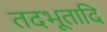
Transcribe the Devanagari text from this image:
तदभूतादि